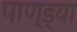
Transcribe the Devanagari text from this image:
पाण्ड्या